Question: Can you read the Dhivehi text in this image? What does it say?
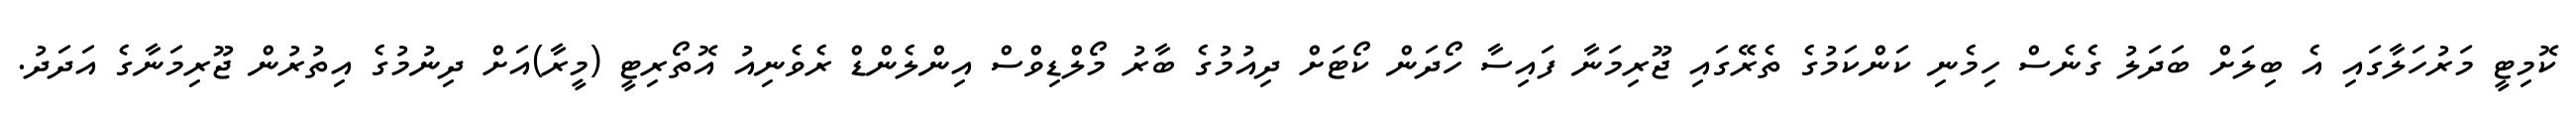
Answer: ކޮމިޓީ މަރުހަލާގައި އެ ބިލަށް ބަދަލު ގެނެސް ހިމެނި ކަންކަމުގެ ތެރޭގައި ޖޫރިމަނާ ފައިސާ ހޯދަން ކޯޓަށް ދިއުމުގެ ބާރު މޯލްޑިވްސް އިންލެންޑް ރެވެނިއު އޮތޯރިޓީ (މީރާ)އަށް ދިނުމުގެ އިތުރުން ޖޫރިމަނާގެ އަދަދު.